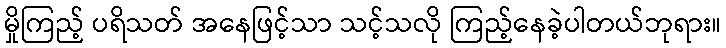
မှိုကြည့် ပရိသတ် အနေဖြင့်သာ သင့်သလို ကြည့်နေခဲ့ပါတယ်ဘုရား။